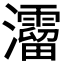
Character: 𤄐